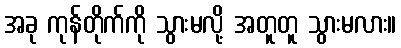
အခု ကုန်တိုက်ကို သွားမလို့ အတူတူ သွားမလား။